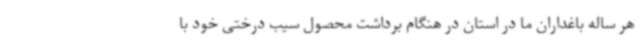
هر ساله باغداران ما در استان در هنگام برداشت محصول سیب درختی خود با